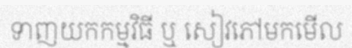
ទាញយកកម្មវិធី ឬ សៀវភៅមកមើល